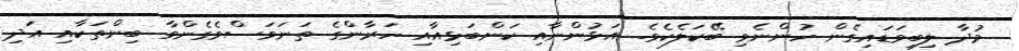
މުދާ ލިބިވަޑައިގެން ހުންނެވި ބޭކަލެކެވެ. އަޅުންނާއި ކަންބަޅިއާއި ހަރާންގެ ތަނަވަސްވެގެންވާ ބިންތަކާއި އަދި